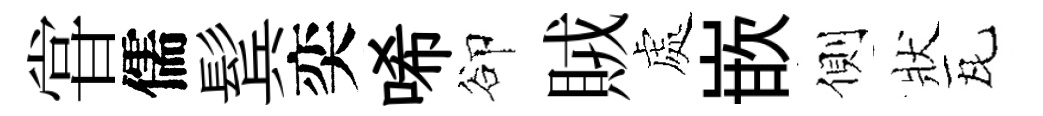
甞儒鬂奕唏卻賊處嵌側狀瓦